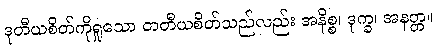
ဒုတီယစိတ်ကိုရှုသော တတီယစိတ်သည်လည်း အနိစ္စ၊ ဒုက္ခ၊ အနတ္တ။